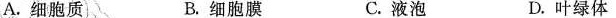
A.细胞质 B.细胞膜 C.液泡 D.叶绿体